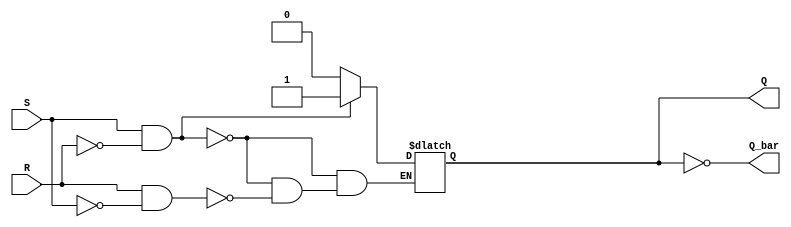
module SR_flip_flop(input S, input R, output Q, output Q_bar);

    // internal reg to hold the state of the flip-flop
    reg Q;

    // behaveioral code for the flip-flop operation
    always @*
    begin
        if(S & ~R) // Set condition
            Q = 1;
        else if(R & ~S) // Reset condition
            Q = 0;
    end

    // produce the inverted output (Q_bar)
    assign Q_bar = ~Q;

endmodule